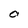
Character: O